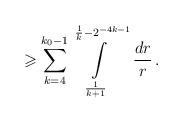
LaTeX: \begin{align*}\geqslant\sum\limits_{k=4}^{k_0-1}\int\limits_{\frac{1}{k+1}}^{\frac{1}{k}-2^{-4k-1}}\,\frac{dr}{r}\,.\end{align*}